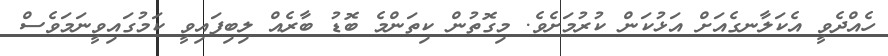
ހެއްދެވީ އެކަލާނގެއަށް އަޅުކަން ކުރުމަށެވެ. މިގޮތުން ކިތަންމެ ބޮޑު ބާރެއް ލިބިފައިވީ ކަމުގައިވީނަމަވެސް